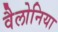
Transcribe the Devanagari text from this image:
वैलोनिया